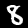
Digit: 8